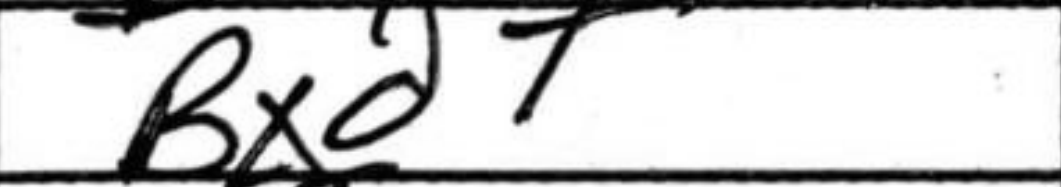
Transcription: Bxd7